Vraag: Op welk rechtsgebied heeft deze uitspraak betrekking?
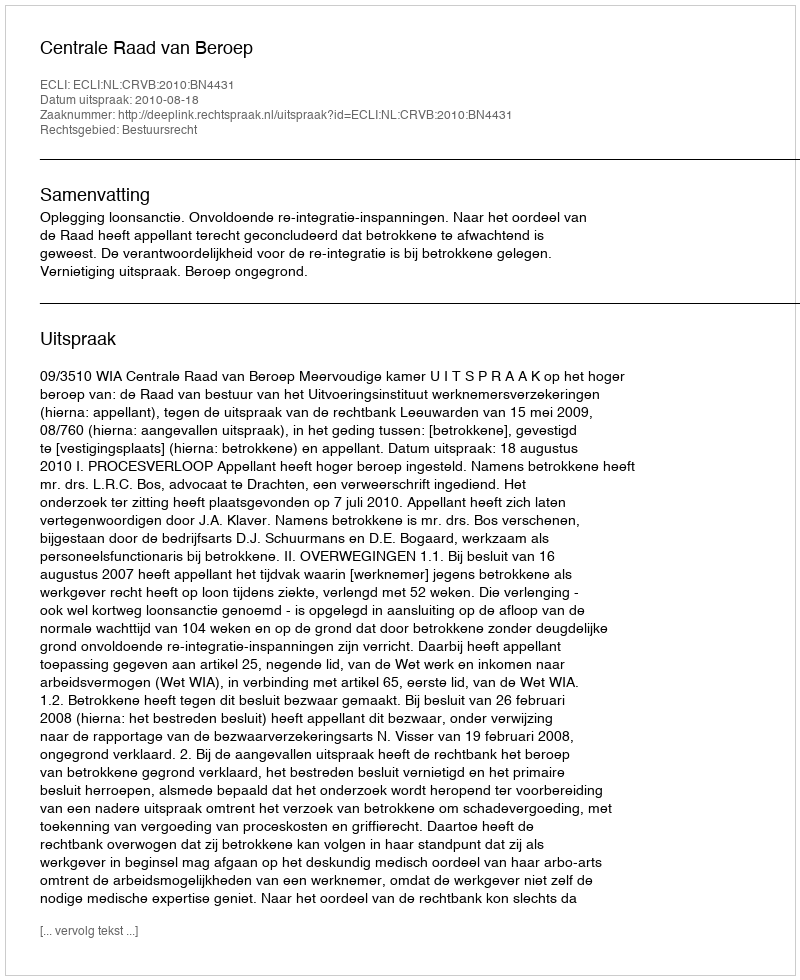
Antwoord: Bestuursrecht